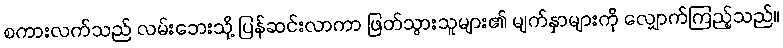
စကားလက်သည် လမ်းဘေးသို့ ပြန်ဆင်းလာကာ ဖြတ်သွားသူများ၏ မျက်နှာများကို လျှောက်ကြည့်သည်။